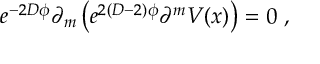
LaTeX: e ^ { - 2 D \phi } \partial _ { m } \left( e ^ { 2 ( D - 2 ) \phi } \partial ^ { m } V ( x ) \right) = 0 ~ ,